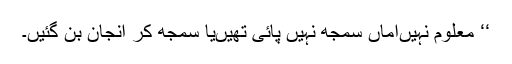
‘‘ معلوم نہیںاماں سمجھ نہیں پائی تھیںیا سمجھ کر انجان بن گئیں۔